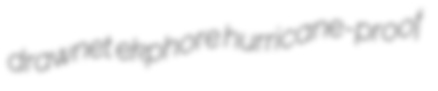
drawnet ekphore hurricane-proof